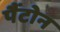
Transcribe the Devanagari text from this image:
पैंटोन